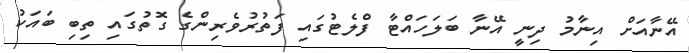
އޭނާއަށް އިނާމު ދިނީ އޭނާ ބަލަހައްޓާ ފްލެޓުގައި ފަތުރުވެރިންގެ ގޮތުގައި ތިބި ބައަކު